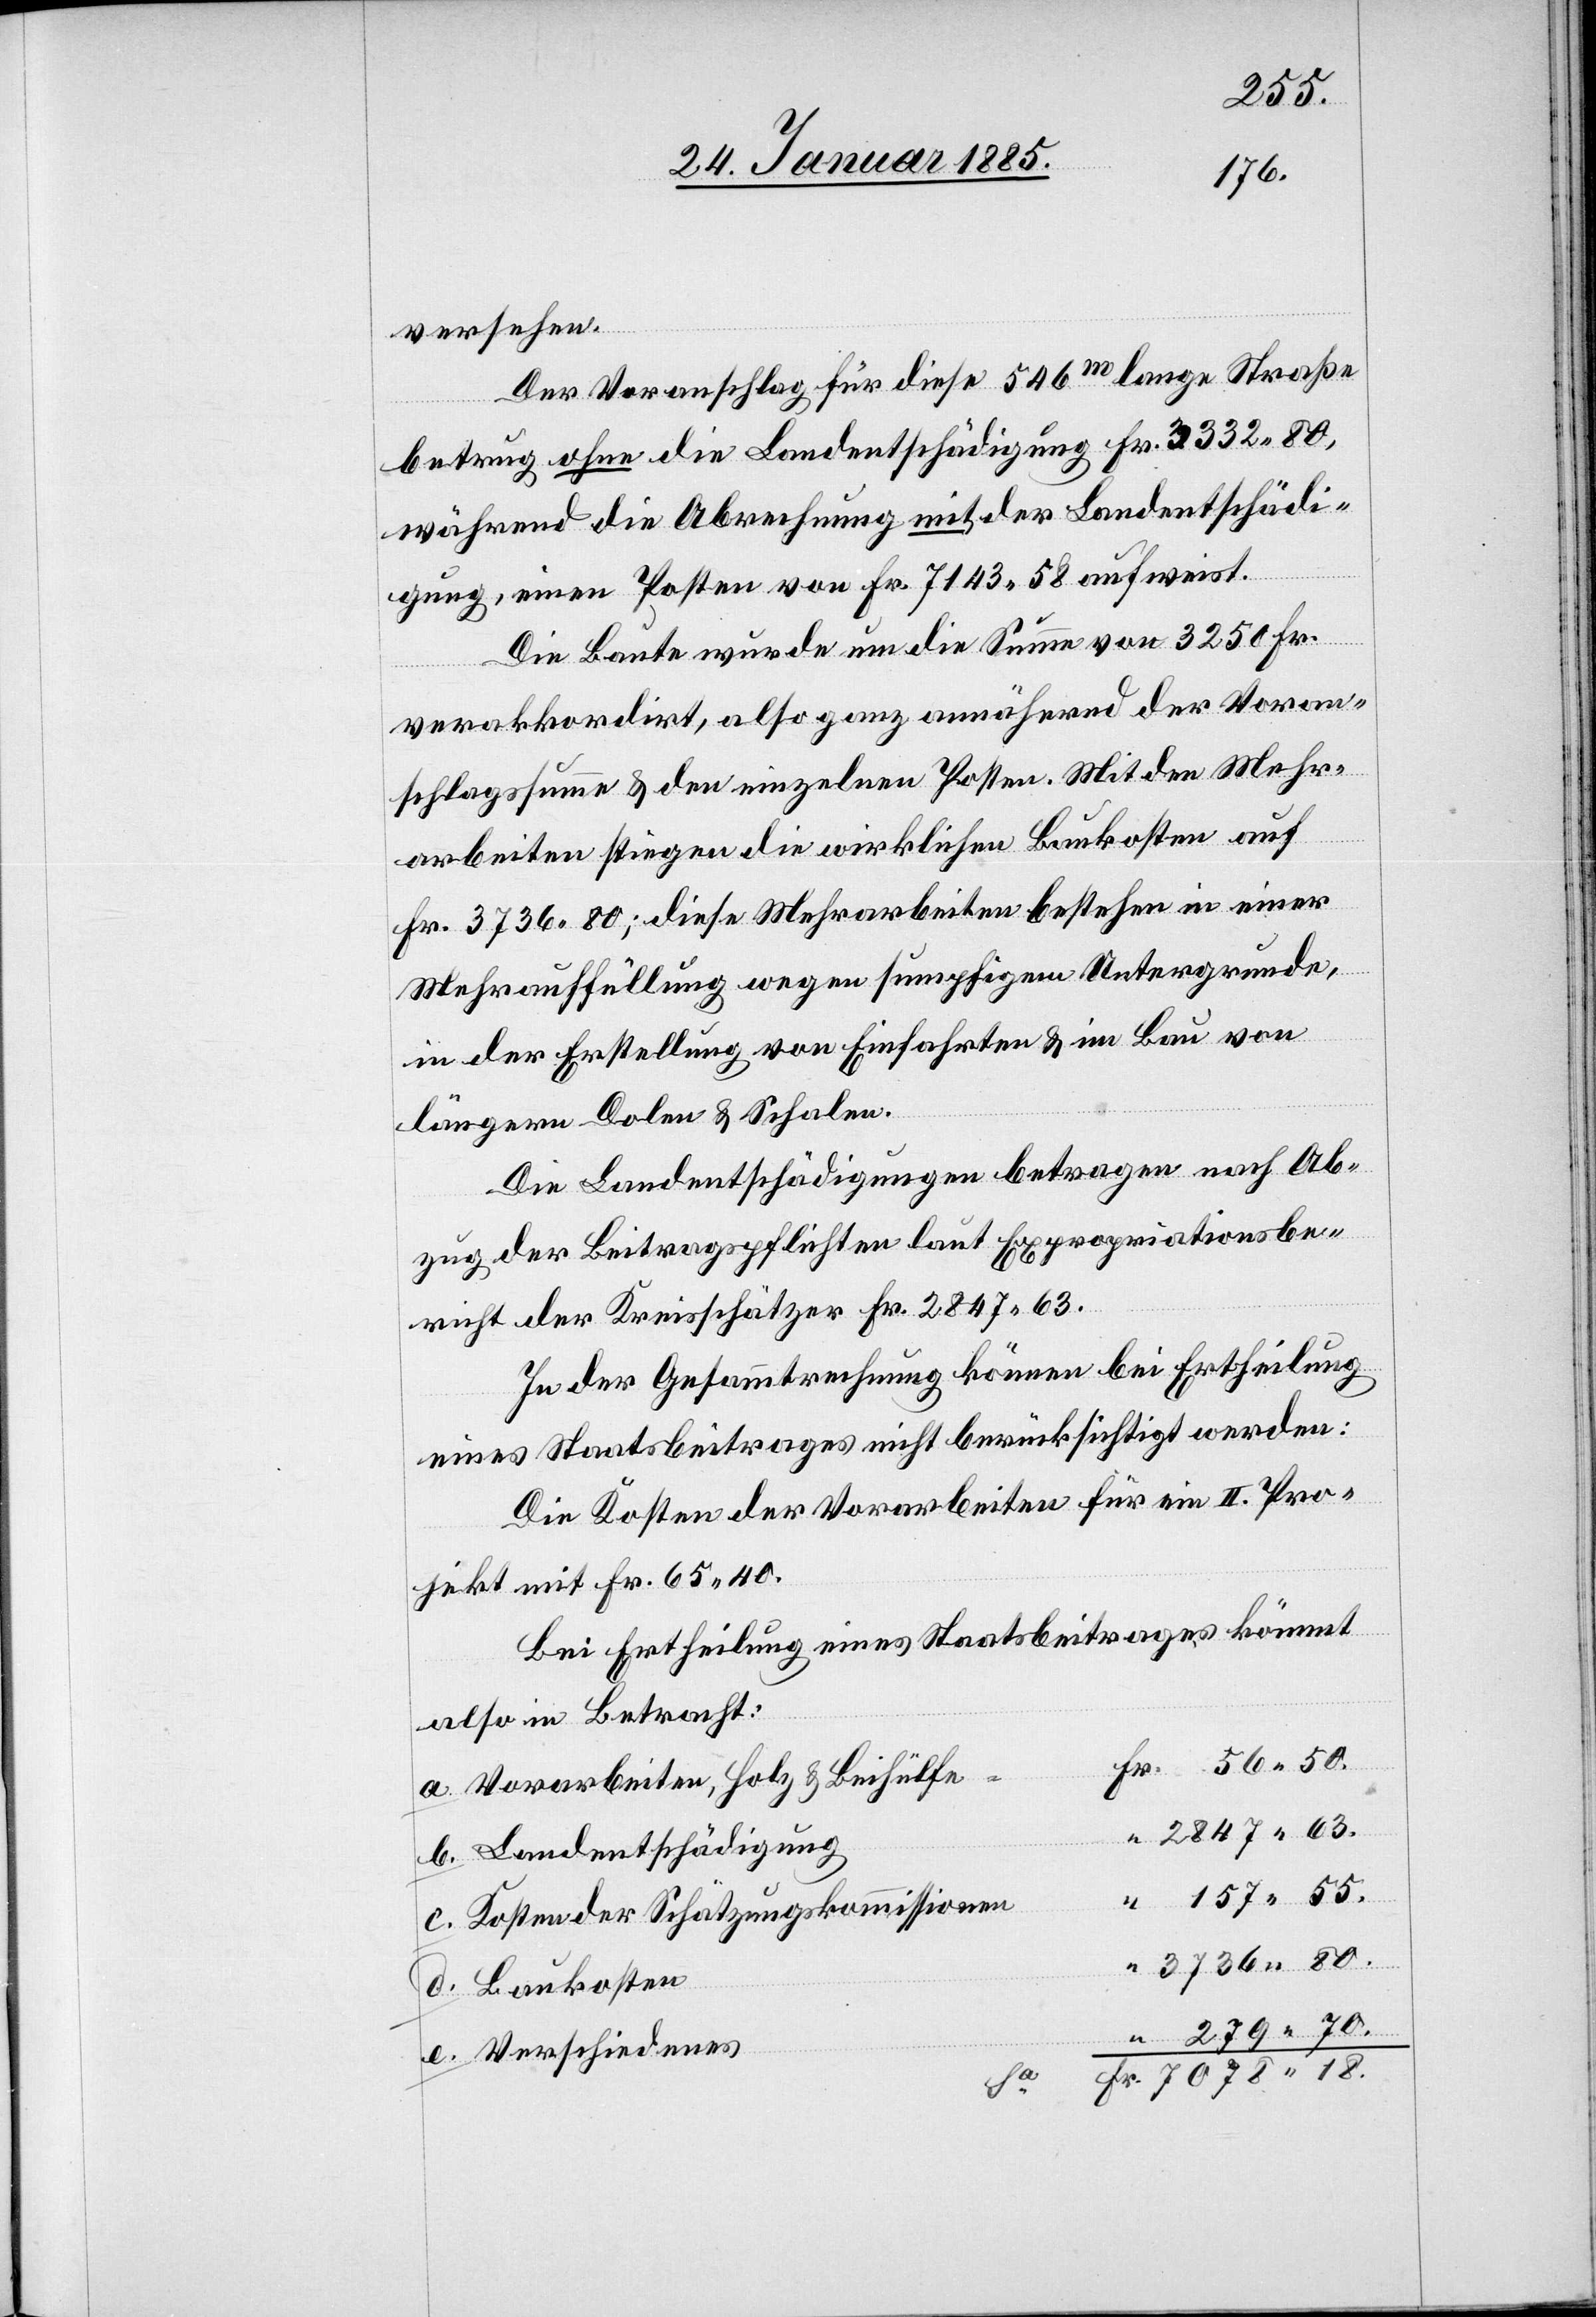
55.
versehen.
Der Voranschlag für diese 546m lange Straße
betrug ohne die Landentschädigung Fr. 3332 80,
während die Abrechnung mit der Landentschädi¬
18.
gung, einen Posten von Fr. 7143 58 aufweist.
Die Baute wurde um die Summe von 3250 Fr.
verakkordirt, also ganz annähernd der Voran¬
schlagsumme & den einzelnen Posten. Mit den Mehr¬
“
arbeiten stiegen die wirklichen Baukosten auf
Fr. 3736 80; diese Mehrarbeiten bestehen in einer
Mehrauffüllung wegen sumpfigem Untergrunde,
in der Erstellung von Einfahren & im Bau von
längern Dolen & Schalen.
Die Landentschädigungen betragen nach Ab¬
zug der Beitragspflichten laut Expropriationsbe¬
richt der Kreisschätzer Fr. 2847 63.
In der Gesammtrechnung können bei Ertheilung
eines Staatsbeitrages nicht berücksichtig werden:
Die Kosten der Vorarbeiten für ein II. Pro¬
jekt mit Fr. 65 40.
Bei Ertheilung eines Staatsbeitrages kömmt
also in Betracht:
Vorarbeiten, Holz & Beihülfe
2847 63.
Kosten der Schätzungskommission
3736 80.
279 70.
Verschiedenes